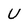
Character: u